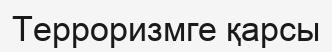
Терроризмге қарсы